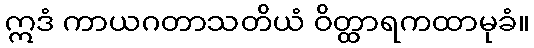
ဣဒံ ကာယဂတာသတိယံ ဝိတ္ထာရကထာမုခံ။